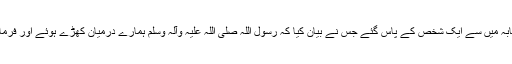
اور جنادہ بن ابی امیہ کی حدیث میں ہے کہ ہم انصار صحابہ میں سے ایک شخص کے پاس گئے جس نے بیان کیا کہ رسول اللہ صلی اللہ علیہ وآلہ وسلم ہمارے درمیان کھڑے ہوئے اور فرمایا: میں تمہیں مسیح (دجال) کے حوالے سے ڈر سناتا ہوں۔